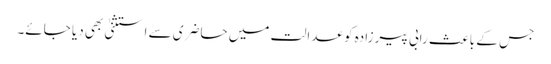
جس کے باعث رابی پیرزادہ کو عدالت میں حاضری سے استثنیٰ بھی دیا جائے۔